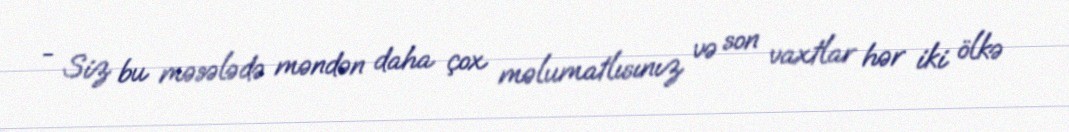
- Siz bu məsələdə məndən daha çox məlumatlısınız və son vaxtlar hər iki ölkə